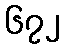
၆၇၂